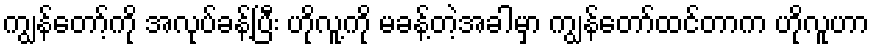
ကျွန်တော့်ကို အလုပ်ခန့်ပြီး ဟိုလူ့ကို မခန့်တဲ့အခါမှာ ကျွန်တော်ထင်တာက ဟိုလူဟာ